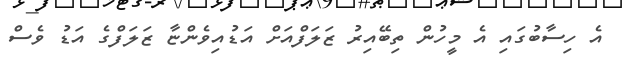
އެ ހިސާބުގައި އެ މީހުން ތިބޭއިރު ޒަލަފްއަށް އަޑުއިވެންޏާ ޒަލަފްގެ އަޑު ވެސް